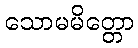
သောမမိတ္တော